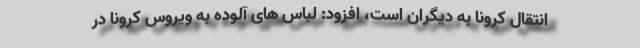
انتقال کرونا به دیگران است، افزود: لباس های آلوده به ویروس کرونا در